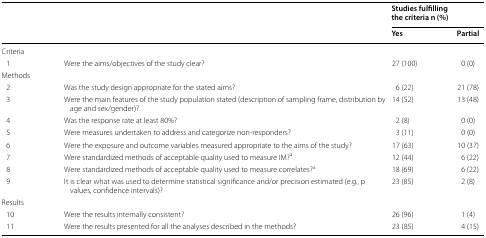
| <ROWSPAN=2-COLSPAN=2>  | <COLSPAN=2> Studies fulfilling the criteria n (%) |
 | Yes | Partial |
 | --- | --- | --- | --- |
 | <COLSPAN=2> Criteria |  |  |
 | 1 | Were the aims/objectives of the study clear? | 27 (100) | 0 (0) |
 | <COLSPAN=4> Methods |
 | 2 | Was the study design appropriate for the stated aims? | 6 (22) | 21 (78) |
 | 3 | Were the main features of the study population stated (description of sampling frame, distribution by age and sex/gender)? | 14 (52) | 13 (48) |
 | 4 | Was the response rate at least 80%? | 2 (8) | 0 (0) |
 | 5 | Were measures undertaken to address and categorize non-responders? | 3 (11) | 0 (0) |
 | 6 | Were the exposure and outcome variables measured appropriate to the aims of the study? | 17 (63) | 10 (37) |
 | 7 | Were standardized methods of acceptable quality used to measure IM?a | 12 (44) | 6 (22) |
 | 8 | Were standardized methods of acceptable quality used to measure correlates?a | 18 (69) | 6 (22) |
 | 9 | It is clear what was used to determine statistical significance and/or precision estimated (e.g., p values, confidence intervals)? | 23 (85) | 2 (8) |
 | <COLSPAN=4> Results |
 | 10 | Were the results internally consistent? | 26 (96) | 1 (4) |
 | 11 | Were the results presented for all the analyses described in the methods? | 23 (85) | 4 (15) |